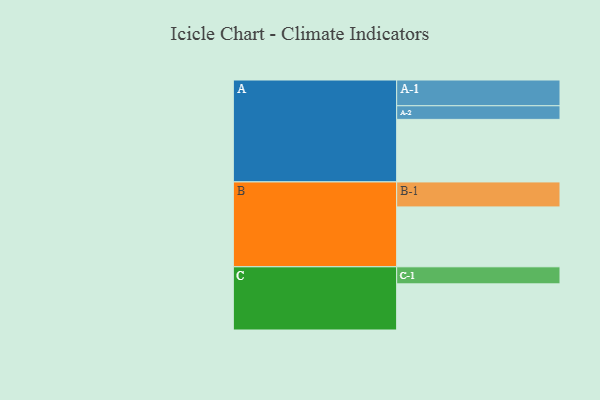
{"axis": {"x": "Segment", "y": "Value"}, "legend": ["", "A", "B", "C"], "data": [{"x": "A", "y": 583, "type": ""}, {"x": "B", "y": 558, "type": ""}, {"x": "C", "y": 430, "type": ""}, {"x": "A-1", "y": 240, "type": "A"}, {"x": "A-2", "y": 127, "type": "A"}, {"x": "B-1", "y": 233, "type": "B"}, {"x": "C-1", "y": 159, "type": "C"}]}